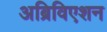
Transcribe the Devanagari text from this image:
अब्रिविएशन